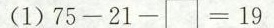
（1）$$7 5 - 2 1 - \Box =1 9$$